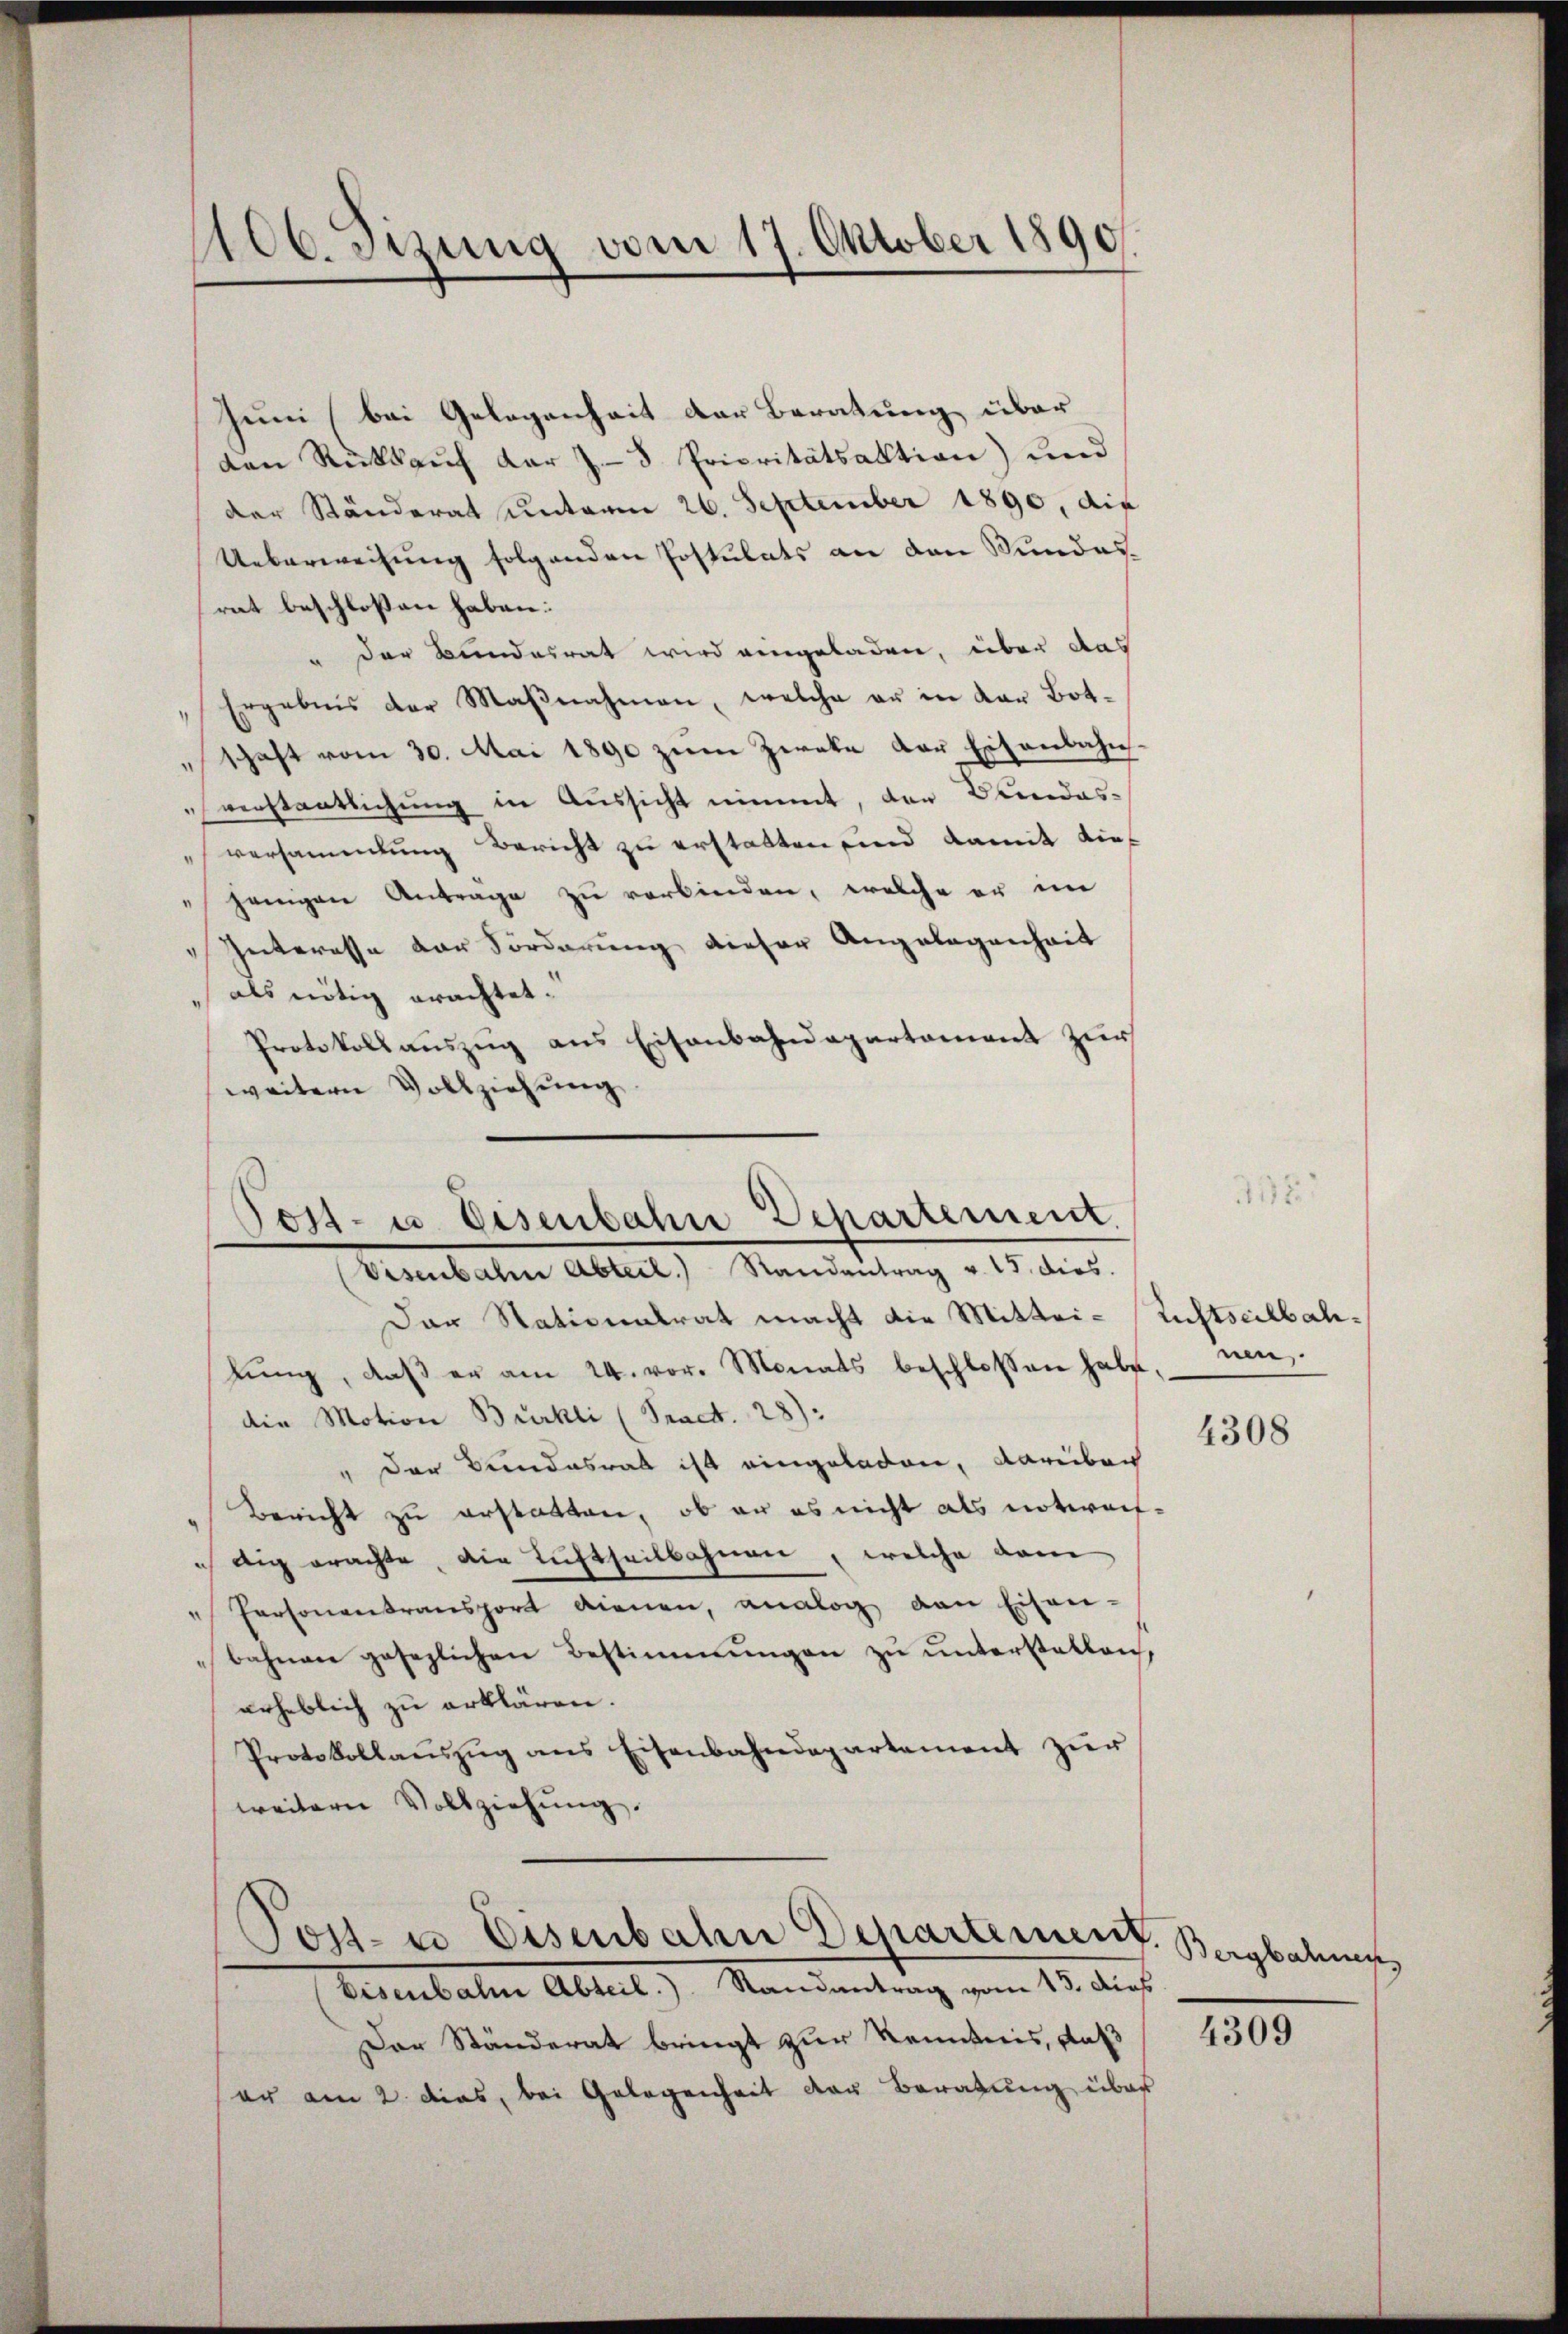
106. Sizung vom 17. Oktober 1890.

Juni (bei Gelegenheit der Beratung über
den Rückkauf der J. 8. Prioritätsaktion) und
der Ständerat unterm 26. September 1890, die
Ueberweisung folgenden Postulats an den Wundes-
rat beschlossen haben:
der Bundesrat wird eingeladen, über das
Ergebnis der Maßnahmen, welche er in der Botschaft vom 30. Mai 1890 zŭm Zweke der Eisenbahn.
werstentlichung in Aussicht nimmt, den Bundes-
versammlung Bericht zu erstatten sind damit die
jenigen Anträge zu verbinden, welche er im
Interesse der Forderung dieser Angelegenheit
als nötig erachtet.
Protokollauszug aus Eisenbahndepartement zur
weitern Vollziehung.

Jost- u. Eisenbahre Departement.
Visenbahn Abteil.) Randantrag v. 15. dies.

Dar Nationalrat macht die Mittei-Ruftscilbahlŭng, daβ er am 24. vor. Monats beschlossen habe. Un
die Motion Bürkli (Pract. 28):
" der Bundesrat ist eingeladen, darüber
Bericht zu erstatten, ob er es nicht als notwafdig erachte, die Luftheilbahnen, welche vom
" Personantransport dienen, analog von Eisen-
bahnen gesezlichen Bestimmungen zu unterstellen,
erheblich zu erklären.
Protokollaŭszŭg ans Eisenbahndepartement zŭr
weitern Vollziehung.

Post- u. Eisenbahn Departement. Bergbahne

Eisenbahn Abteil.) Randantrag vom 15. dies
Der Ständerat bringt zur Kenntnis, daß
er am 2. dies, bei Gelegenheit der Beratung über

4308

4309